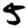
Digit: 5